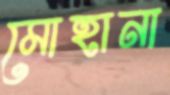
মোহানা